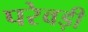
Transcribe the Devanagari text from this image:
परेवड़ी